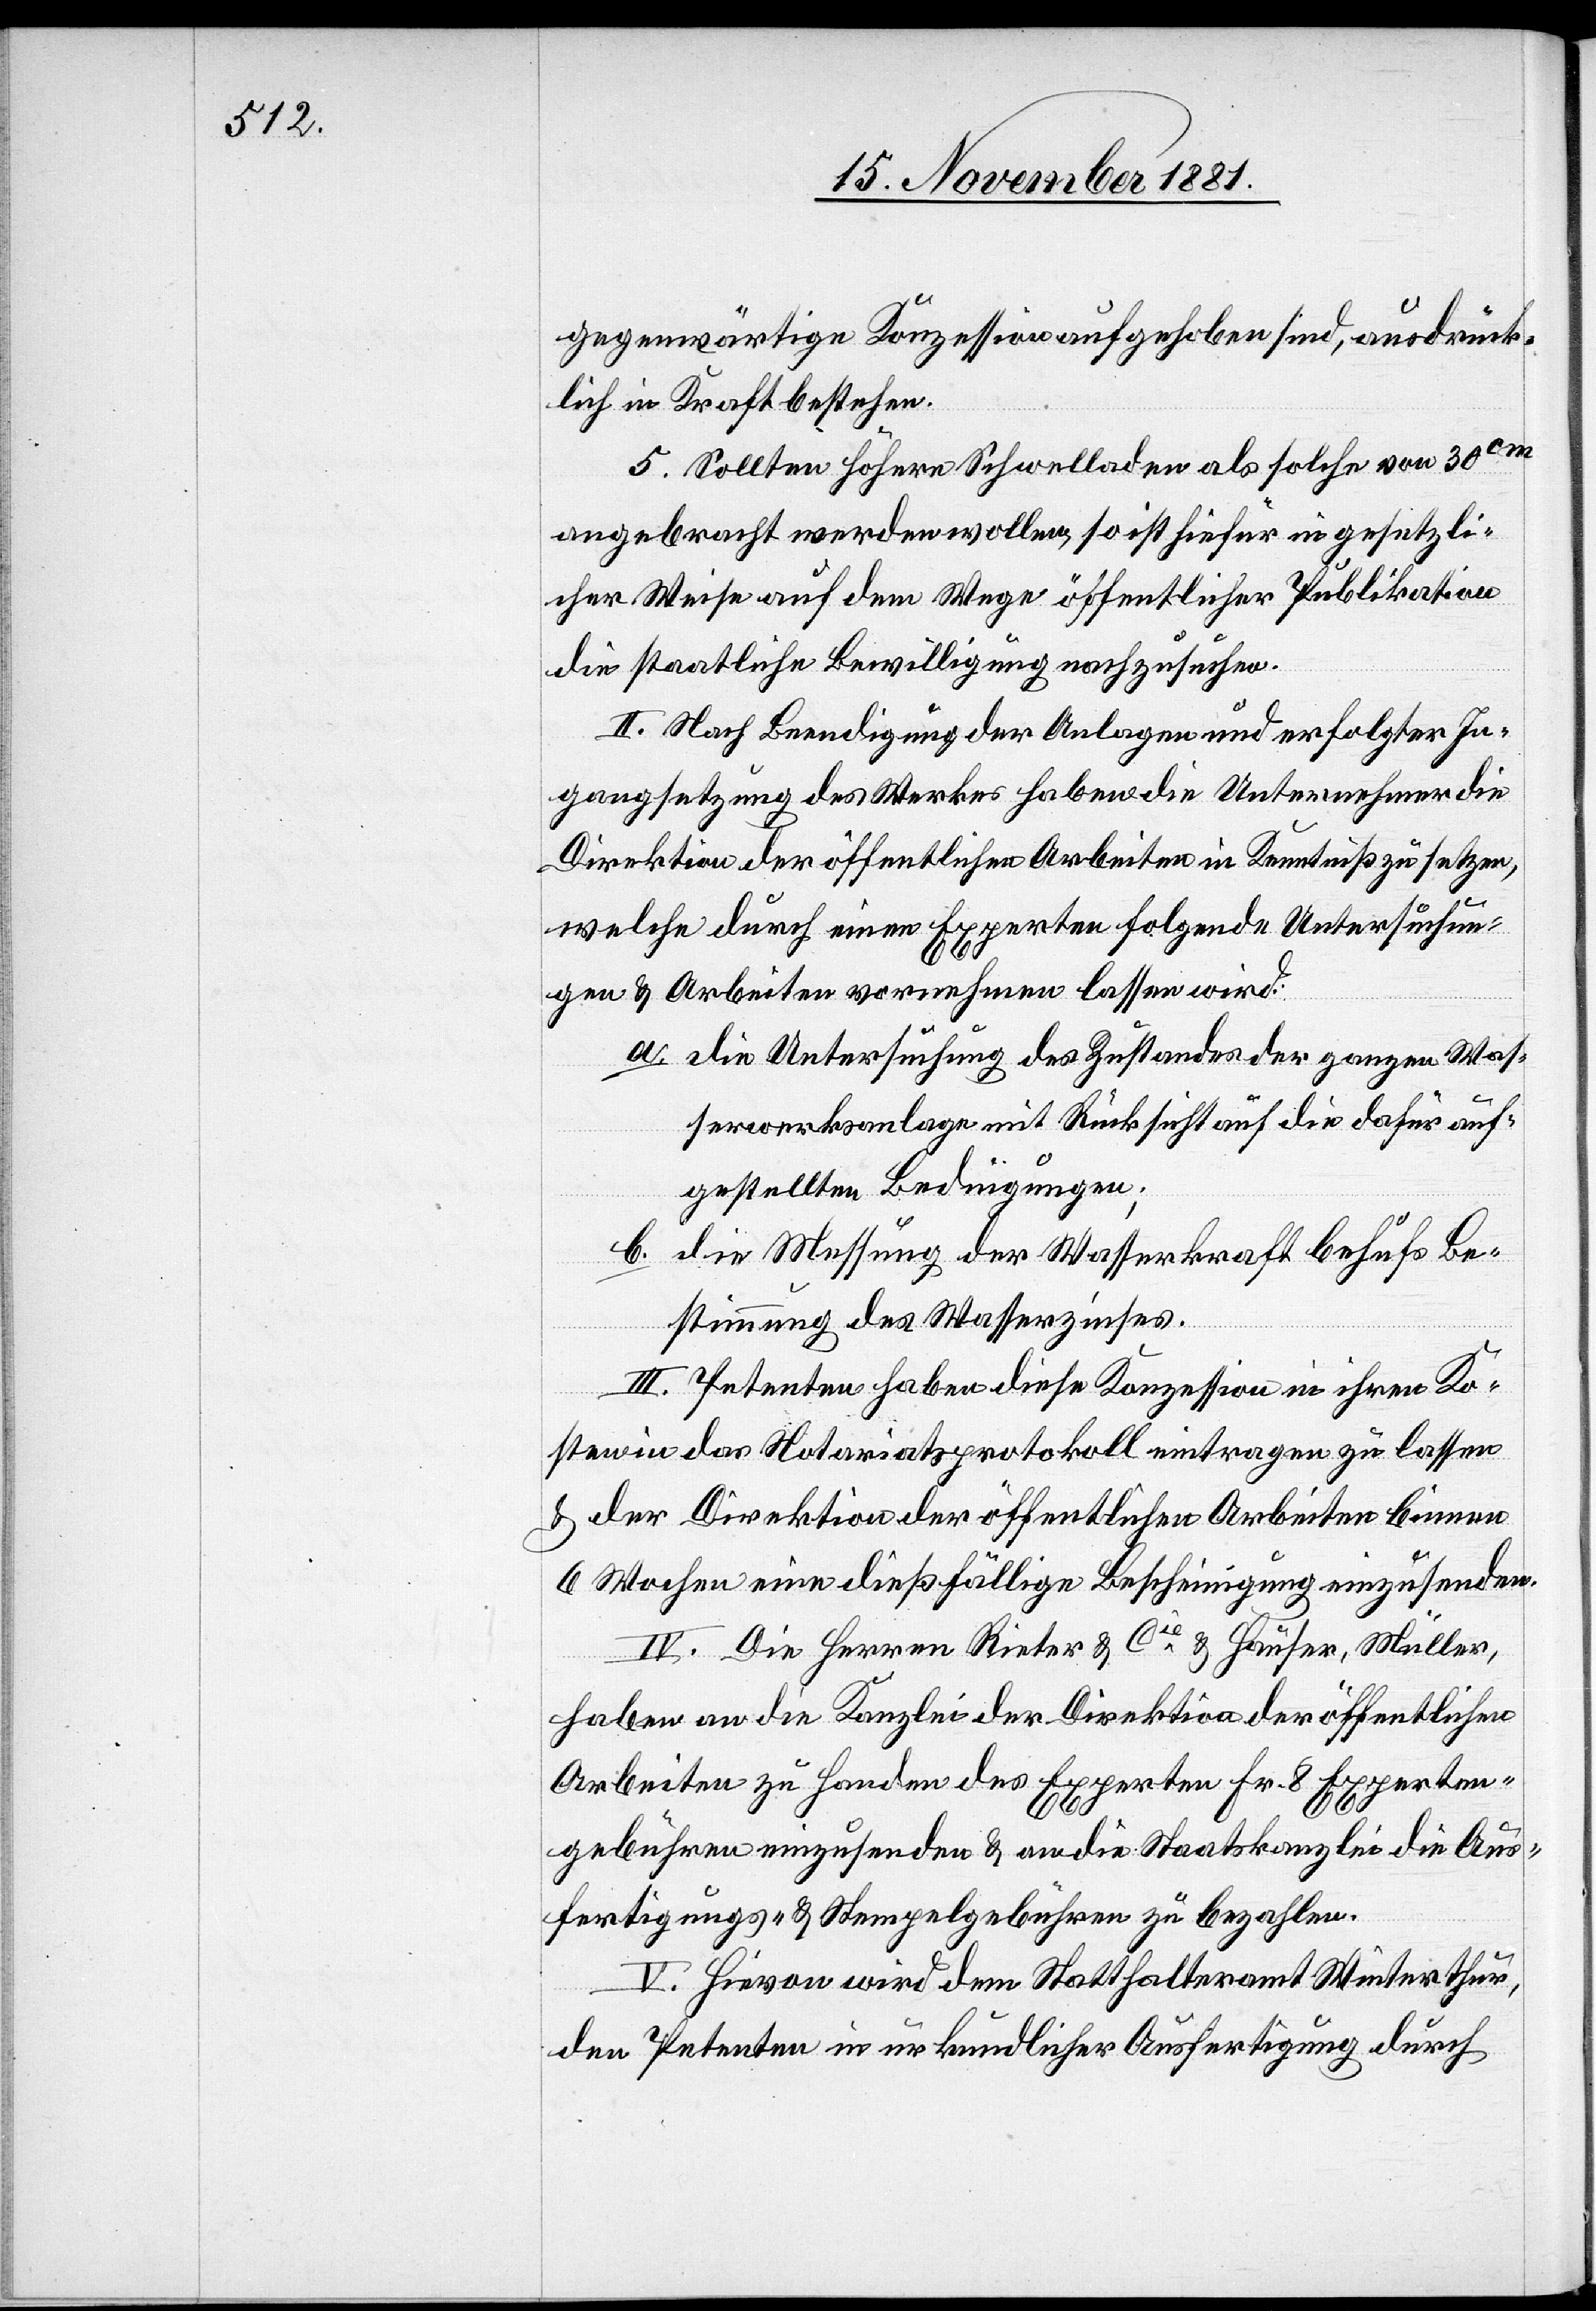
gegenwärtige Konzession aufgehoben sind, ausdrück¬
lich in Kraft bestehen.
5. Sollten höhere Schwelladen als solche von 30cm
angebracht werden wollen, so ist hiefür in gesetzli¬
cher Weise auf dem Wege öffentlicher Publikation
die staatliche Bewilligung nachzusuchen.
II. Nach Beendigung der Anlagen und erfolgter In¬
gangsetzung des Werkes haben die Unternehmer die
Direktion der öffentlichen Arbeiten in Kenntniß zu setzten,
welche durch einen Experten folgende Untersuchun¬
gen & Arbeiten vornehmen lassen wird:
a. die Untersuchung des Zustandes der ganzen Was¬
serwerksanlage mit Rücksicht auf die dafür auf¬
gestellten Bedingungen;
b. die Messung der Wasserkraft behufs Be¬
stimmung des Wasserzinses.
III. Petenten haben diese Konzession in ihren Ko¬
sten in das Notariatsprotokoll eintragen zu lassen
& der Direktion der öffentlichen Arbeiten binnen
6 Wochen eine dießfällige Bescheinigung einzusenden.
IV. Die Herren Rieter & Cie & Hauser, Müller,
haben an die Kanzlei der Direktion der öffentlichen
Arbeiten zu Handen des Experten Fr. 8 Experten¬
gebühren einzusenden & an die Staatskanzlei die Aus¬
fertigungs- & Stempelgebühren zu bezahlen.
V. Hievon wird dem Statthalteramt Winterthur,
den Petenten in urkundlicher Ausfertigung durch